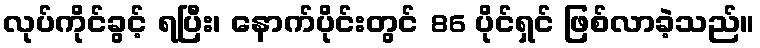
လုပ်ကိုင်ခွင့် ရပြီး၊ နောက်ပိုင်းတွင် 86 ပိုင်ရှင် ဖြစ်လာခဲ့သည်။